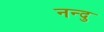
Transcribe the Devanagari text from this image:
नन्दु